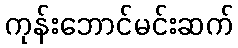
ကုန်းဘောင်မင်းဆက်